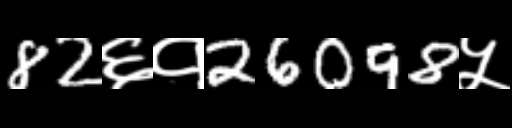
Text: 82६१26098५